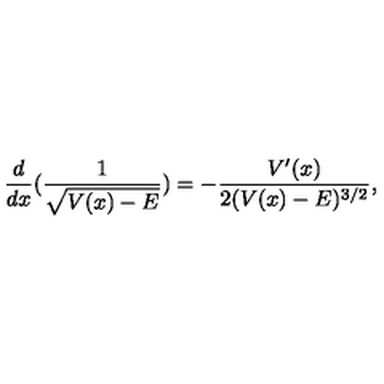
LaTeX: \frac { d } { d x } ( \frac { 1 } { \sqrt { V ( x ) - E } } ) = - \frac { V ^ { \prime } ( x ) } { 2 ( V ( x ) - E ) ^ { 3 / 2 } } ,